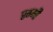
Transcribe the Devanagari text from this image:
रग्मी